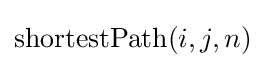
\mathrm {shortestPath} (i,j,n)